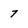
Character: 7